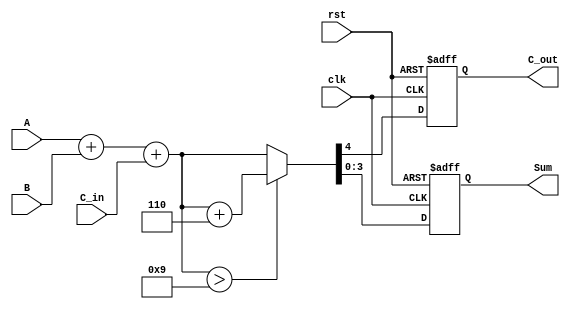
module BCD_Synchronous_Adder (
    input wire [3:0] A,      // First BCD digit
    input wire [3:0] B,      // Second BCD digit
    input wire C_in,         // Carry input
    input wire clk,          // Clock input
    input wire rst,          // Reset input
    output reg [3:0] Sum,    // BCD sum output
    output reg C_out         // Carry output
);

    reg [4:0] Full_Sum;      // 5-bit register to hold the full sum

    always @(posedge clk or posedge rst) begin
        if (rst) begin
            Sum <= 4'b0000;   // Reset Sum to 0
            C_out <= 1'b0;    // Reset carry out to 0
        end else begin
            // Calculate the full sum
            Full_Sum = A + B + C_in;

            // Check if correction is needed (Full_Sum > 9)
            if (Full_Sum > 5'b01001) begin
                Full_Sum = Full_Sum + 5'b00110; // Add 6 (0110 in binary)
            end

            // Assign outputs
            Sum <= Full_Sum[3:0]; // Lower 4 bits as Sum
            C_out <= Full_Sum[4];  // Carry out is the 5th bit
        end
    end

endmodule